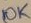
Text: 10K